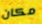
مكان